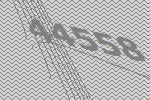
44558